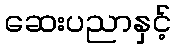
ဆေးပညာနှင့်